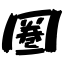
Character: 圏